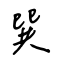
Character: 巽